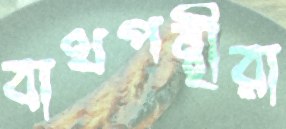
বাথপন্থীরা